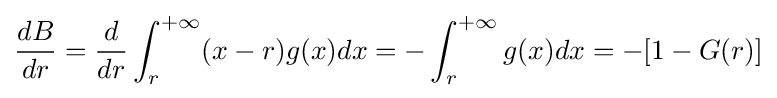
{\frac {dB}{dr}}={\frac {d}{dr}}\int _{r}^{+\infty }(x-r)g(x)dx=-\int _{r}^{+\infty }g(x)dx=-[1-G(r)]